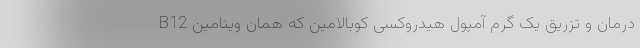
درمان و تزریق یک گرم آمپول هیدروکسی کوبالامین که همان ویتامین B12